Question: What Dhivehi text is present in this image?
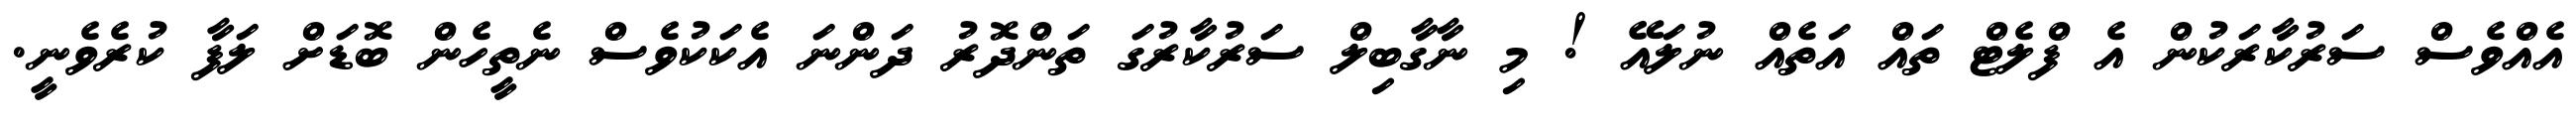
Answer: އެއްވެސް ސަރުކާރަކުން އެ ފްލެޓް ތައް އަތެއް ނުލައޭ ! މި ނާގާބިލް ސަރުކާރުގަ ތަންދޮރު ދަންނަ އެކަކުވެސް ނެތީހެން ބޮޑަށް ލަފާ ކުރެވެނީ.